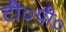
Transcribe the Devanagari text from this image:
टी०पी०